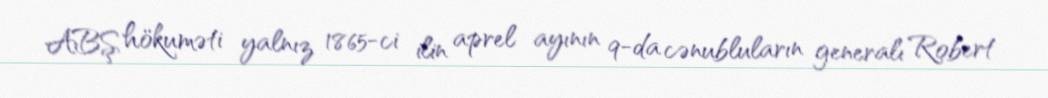
ABŞ hökuməti yalnız 1865-ci ilin aprel ayının 9-da cənubluların generalı Robert